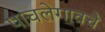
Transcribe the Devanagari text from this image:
पाचलेगावचे